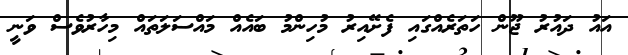
އައު ދައުުރު ޖޫން ހަތަރެއްގައި ފެށޭއިރު މުހިންމު ބައެއް މައްސަލަތައް މިހާރުވެސް ވަނީ